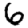
Digit: 6